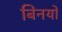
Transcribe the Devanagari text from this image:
बिनयों